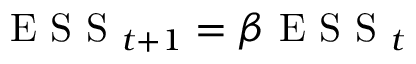
\mathrm { ~ E ~ S ~ S ~ } _ { t + 1 } = \beta \mathrm { ~ E ~ S ~ S ~ } _ { t }